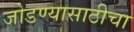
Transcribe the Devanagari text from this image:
जोडण्यासाठीचा